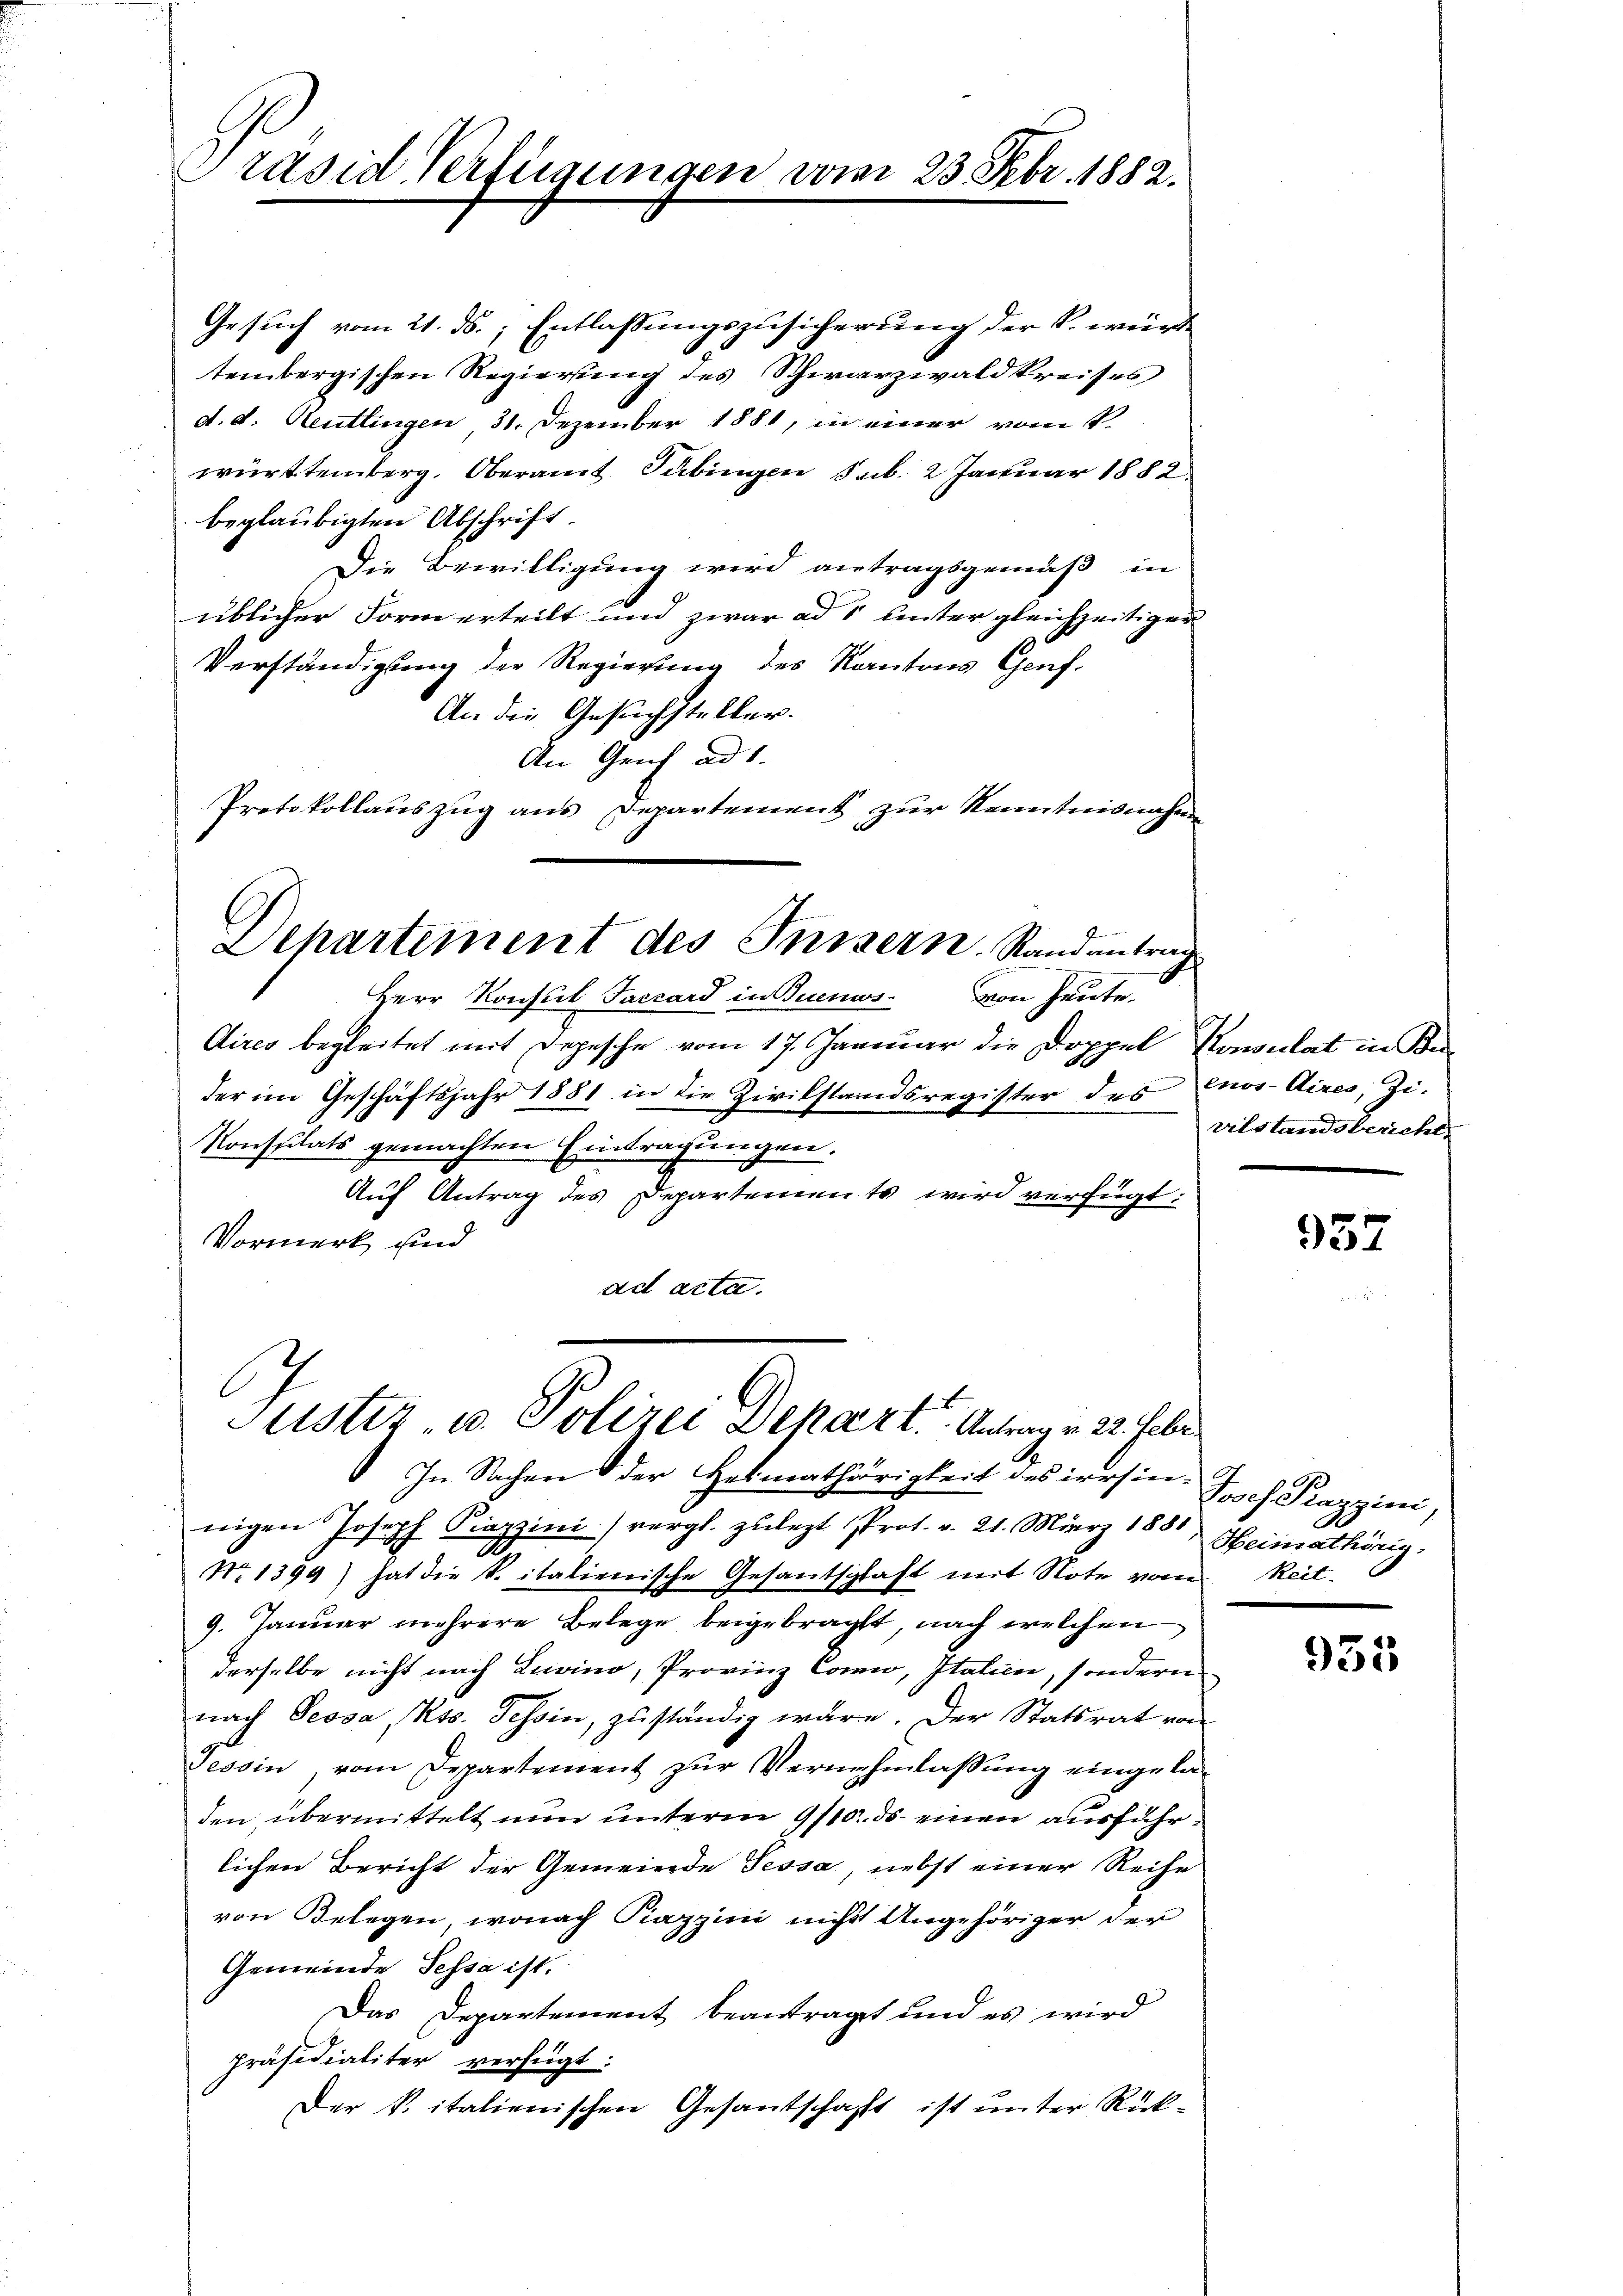
Präsid. Verfügungen vom 23. Febr. 1882.

Gesuch vom 21. ds., Entlassungszusicherung der k. würde
tembergischen Regierung des Schwarzwaldkreises
d. d. Reutlingen 31. Dezember 1881, in einer vom 8.
württemberg. Oberamt Tübingen sub. 2 Januar 1882.
beglaubigten Abschrift
Die Bewilligung wird antragsgemäß in
üblicher Form erteilt und zwar ad 1 unter gleichzeitigen
Verständigung der Regierung des Kantons Genf.
An die Gesuchsteller.
An Genf ad 1.
Protokollauszug aus Departement zur Kenntnisnahmen
Dehartement des Inisern. Randantrag
Herr Konsul Faccard in Buenos. von heute.
Aires begleitet mit Depesche vom 17. Januar die Doppel, Konsulat in Ka-
der im Geschäftsjahr 1881 in die Zivilstandsregister des
Konsulats gemachten Eintragungen.
Auf Antrag des Departements wird verfügt:
Vormerk und
ad acta.

Justiz u. Polizei Depart. Antrag v. 22. Febr

enos-Aires, Zi.
vilstandsbericht

In Sachen der Heimathörigkeit des irrsinnigen Joseph Piazzini (vergl. zulezt Prot. v. 21. März 1851, Heimathörig,
Nr. 1399) hat die k. italienische Gesantschaft mit Note vom Reit-
9. Januar mehrere Belege beigebracht, nach welchen
derselbe nicht nach Livino, Provinz Comi, Italien, sondern
nach Dessa, Kts. Tessin, zuständig wäre. Der Statsrat von
Tessin, vom Departement zur Vernehmlassung eingeladen, übermittelt nun unterm 9/10. ds. einen ausführlichen Bericht der Gemeinde Tessa, nebst einer Reihe
von Belegen, wonach Piazzini nicht Angehöriger der
Gemeinde Tessa ist.
Das Departement beantragt und es wird
präsidialiter verfügt:
Der k. italienischen Gesantschaft ist unter Rück¬

957

Joch Pazzini,

955